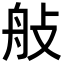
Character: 𦨗